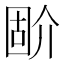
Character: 𡈅